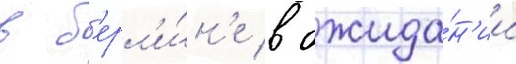
в б'ерл'и́н'е в ожида́н'ии